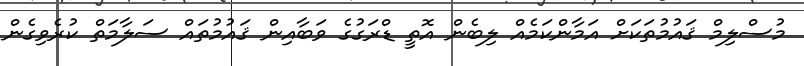
މުސްލިމް ޤައުމުތަކަށް އަމާންކަމެއް ލިބެން އޮތީ ޑްރަގުގެ ވަބާއިން ޤައުމުތައް ސަލާމަތް ކުރެވިގެން